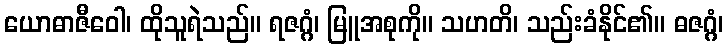
ယောဓာဇီဝေါ၊ ထိုသူရဲသည်။ ရဇဂ္ဂံ၊ မြူအစုကို။ သဟတိ၊ သည်းခံနိုင်၏။ ဓဇဂ္ဂံ၊